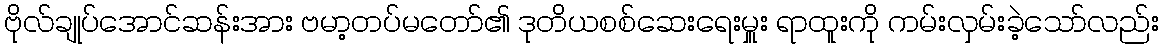
ဗိုလ်ချုပ်အောင်ဆန်းအား ဗမာ့တပ်မတော်၏ ဒုတိယစစ်ဆေးရေးမှူး ရာထူးကို ကမ်းလှမ်းခဲ့သော်လည်း